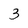
Character: 3